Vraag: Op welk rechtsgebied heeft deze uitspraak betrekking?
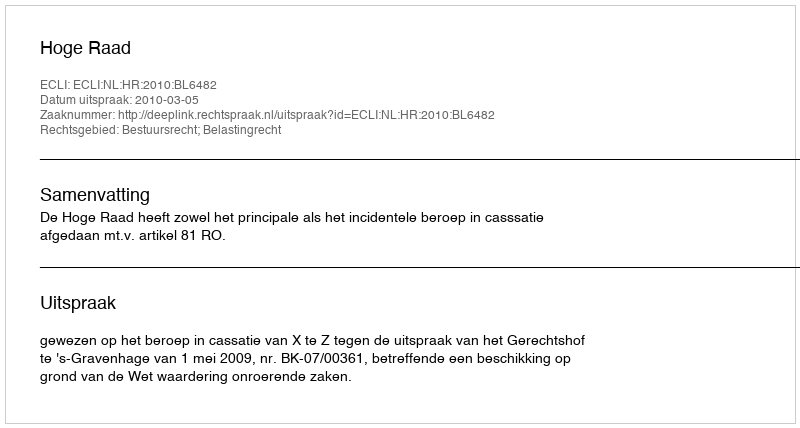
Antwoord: Bestuursrecht; Belastingrecht